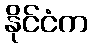
နိုင်ငံက